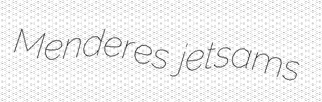
Menderes jetsams